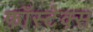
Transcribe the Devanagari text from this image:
फॉस्टेक्स